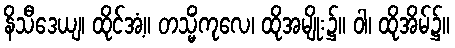
နိသီဒေယျ၊ ထိုင်အံ့။ တသ္မိံကုလေ၊ ထိုအမျိုး၌။ ဝါ၊ ထိုအိမ်၌။